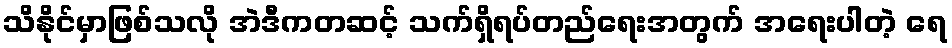
သိနိုင်မှာဖြစ်သလို အဲဒီကတဆင့် သက်ရှိရပ်တည်ရေးအတွက် အရေးပါတဲ့ ရေ